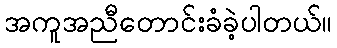
အကူအညီတောင်းခံခဲ့ပါတယ်။